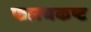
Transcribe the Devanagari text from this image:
फारचकष्ट